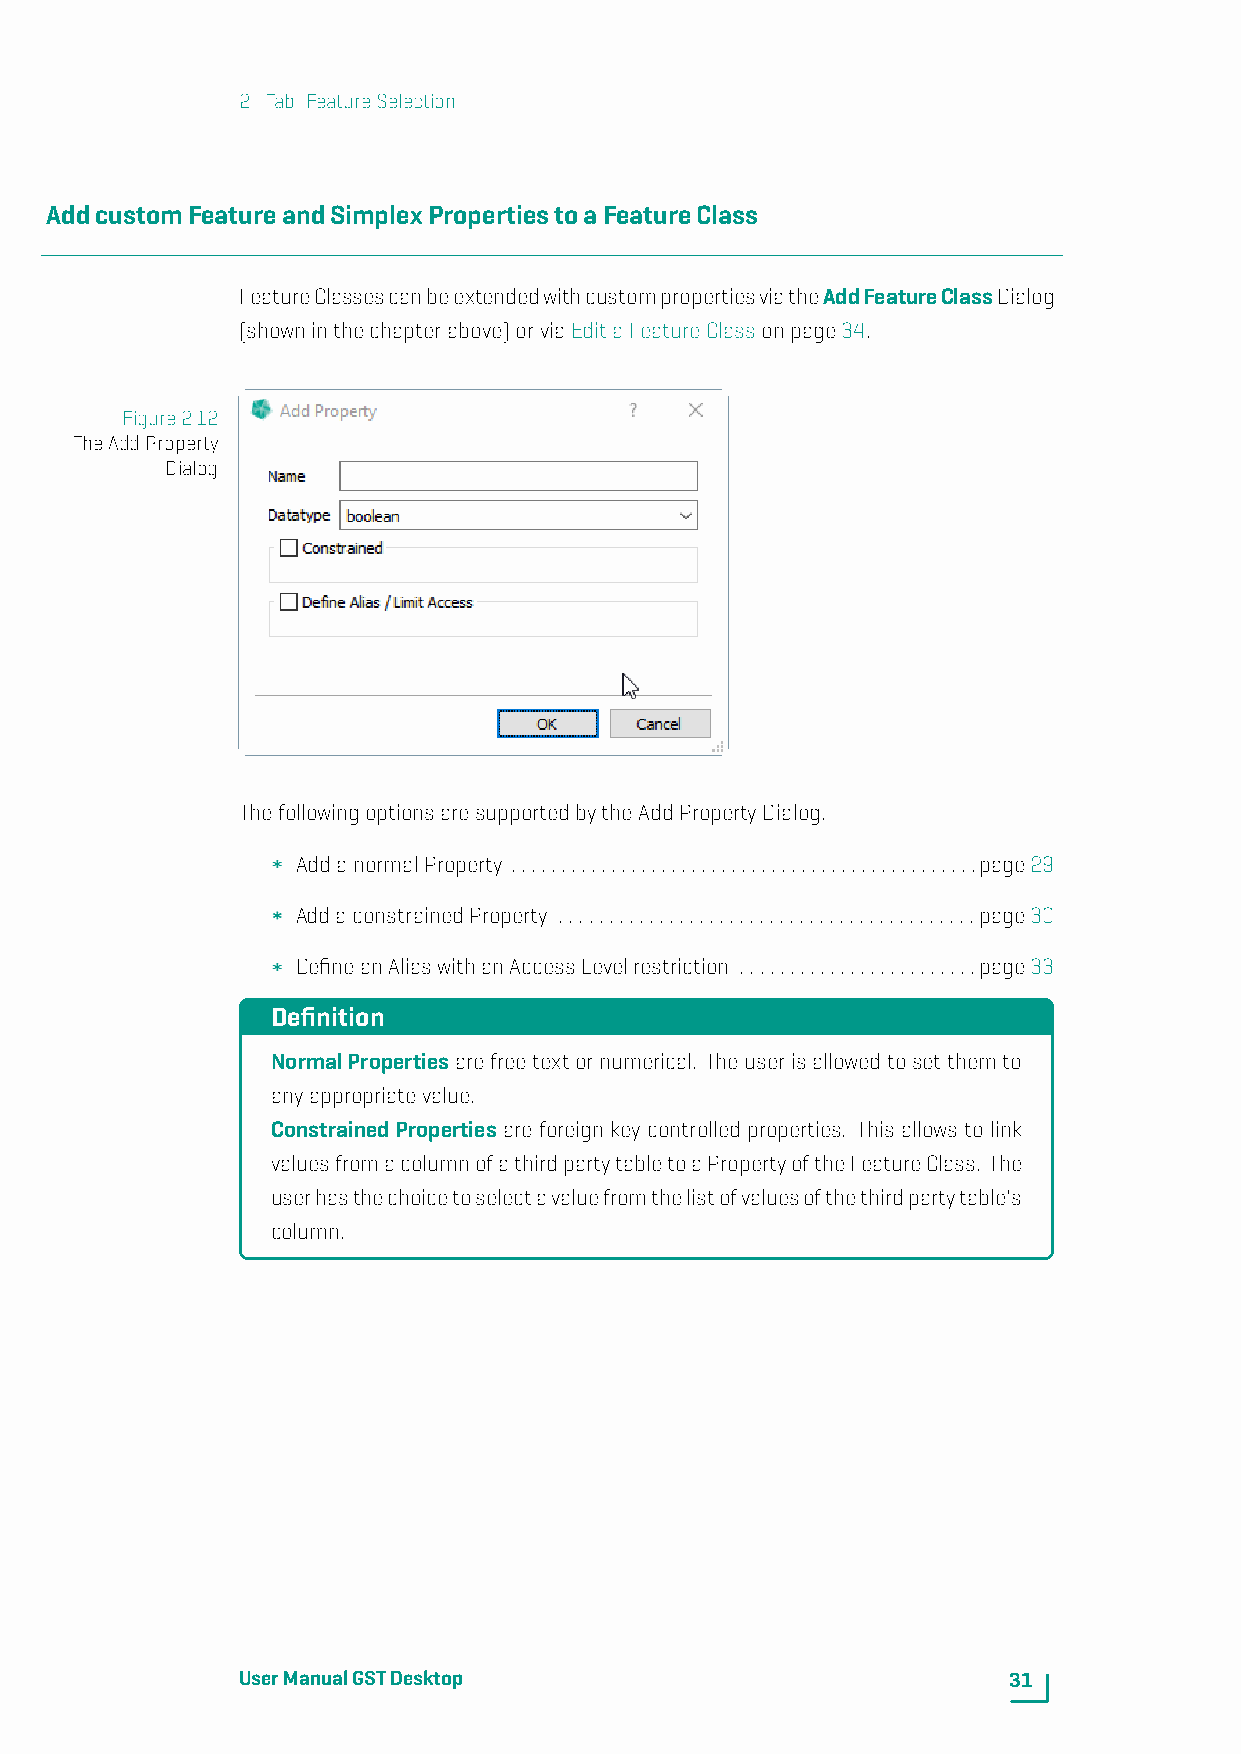
2. Tab: FeatureSelection
 AddcustomFeatureandSimplexPropertiestoaFeatureClass
 FeatureClassescanbeextendedwithcustompropertiesviatheAddFeatureClassDialog
 (showninthechapterabove)orviaEditaFeatureClassonpage34.
 Figure2.12
 TheAddProperty
 Dialog
 ThefollowingoptionsaresupportedbytheAddPropertyDialog.
 AddanormalProperty ...............................................page29
 AddaconstrainedProperty ..........................................page30
 DefineanAliaswithanAccessLevelrestriction ........................page33
 Definition
 NormalPropertiesarefreetextornumerical. Theuserisallowedtosetthemto
 anyappropriatevalue.
 ConstrainedProperties are foreign key controlled properties. This allows to link
 valuesfromacolumnofathirdpartytabletoaPropertyoftheFeatureClass. The
 userhasthechoicetoselectavaluefromthelistofvaluesofthethirdpartytable's
 column.
 UserManualGSTDesktop                               31